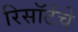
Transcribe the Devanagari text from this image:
रिसॉर्टचे